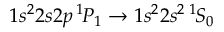
1 s ^ { 2 } 2 s 2 p \, ^ { 1 \! } P _ { 1 } \rightarrow 1 s ^ { 2 } 2 s ^ { 2 } \, ^ { 1 \! } S _ { 0 }